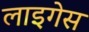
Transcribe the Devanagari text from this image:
लाइगेस